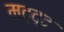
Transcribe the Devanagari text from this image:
मद्द्द